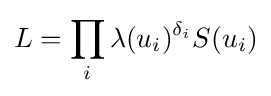
L=\prod _{i}\lambda (u_{i})^{\delta _{i}}S(u_{i})